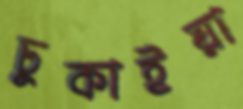
ঢুকাইয়া